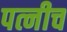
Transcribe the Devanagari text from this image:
पत्नीच